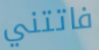
فاتتني